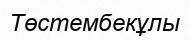
Төстембекұлы